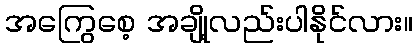
အကြွေစေ့ အချို့လည်းပါနိုင်လား။